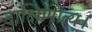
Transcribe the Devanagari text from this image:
दाक्षिणात्य।